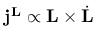
\mathbf { j } ^ { \mathbf { L } } \propto \mathbf { L } \times \dot { \mathbf { L } }